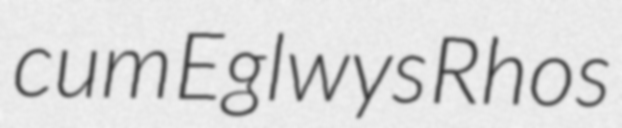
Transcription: cum Eglwys Rhos